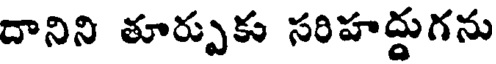
దానిని తూర్పుకు సరిహద్దుగను